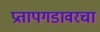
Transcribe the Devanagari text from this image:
प्रतापगडावरचा